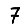
Digit: 7